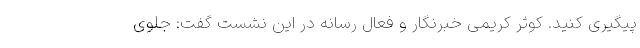
پیگیری کنید. کوثر کریمی خبرنگار و فعال رسانه در این نشست گفت: جلوی